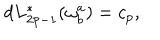
LaTeX: d L _ { 2 p - 1 } ^ { * } ( \omega _ { b } ^ { a } ) = c _ { p } ,